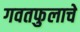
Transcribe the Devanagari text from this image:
गवतफुलाचे